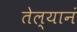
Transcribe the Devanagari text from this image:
तेल्यानं